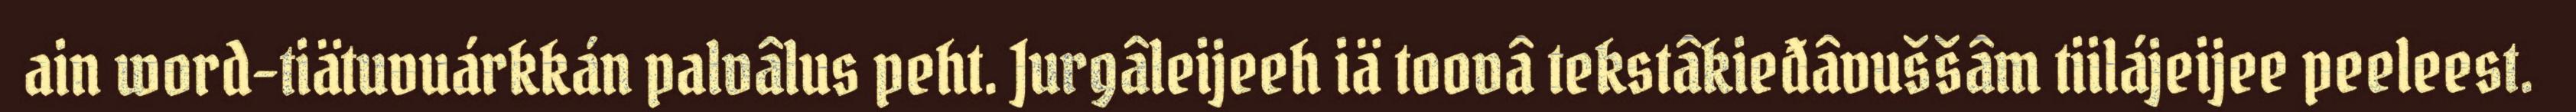
ain word-tiätuvuárkkán palvâlus peht. Jurgâleijeeh iä toovâ tekstâkieđâvuššâm tiilájeijee peeleest.